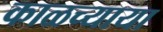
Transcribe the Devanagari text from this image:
काळच्याया